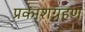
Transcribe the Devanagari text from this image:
प्रकाशग्रहण